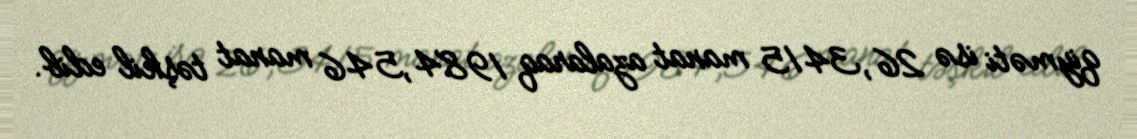
qiyməti isə 26,3415 manat azalaraq 1984,546 manat təşkil edib.